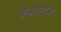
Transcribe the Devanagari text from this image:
पेनोटोन